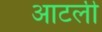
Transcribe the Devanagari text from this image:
आटली